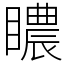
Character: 䁸